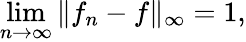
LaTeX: \operatorname*{lim}_{n\to\infty}\| f_{n}-f\| _{\infty}=1,